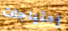
إحتياجات